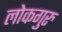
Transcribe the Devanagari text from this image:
लोकगुरु